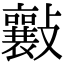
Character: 𣀮